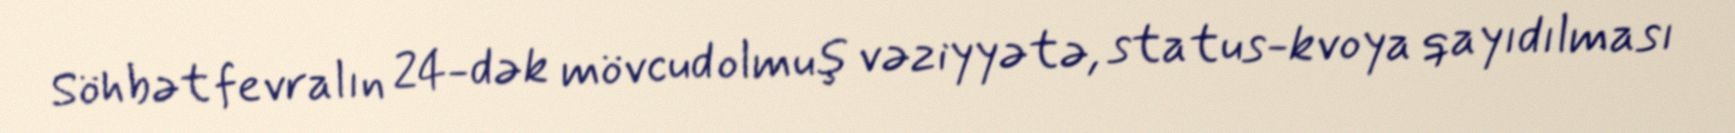
Söhbət fevralın 24-dək mövcud olmuş vəziyyətə, status-kvoya qayıdılması